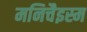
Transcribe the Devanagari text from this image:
मनिचैइस्म